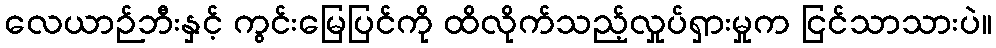
လေယာဉ်ဘီးနှင့် ကွင်းမြေပြင်ကို ထိလိုက်သည့်လှုပ်ရှားမှုက ငြင်သာသားပဲ။